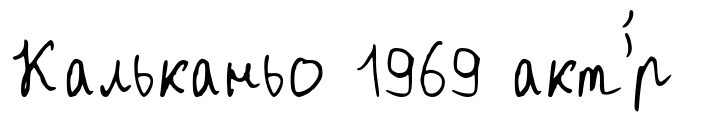
Кальканьо 1969 акт'́р